Lunatic asylums Punjab 1868-1880 - 1868-1880
Year: 1868
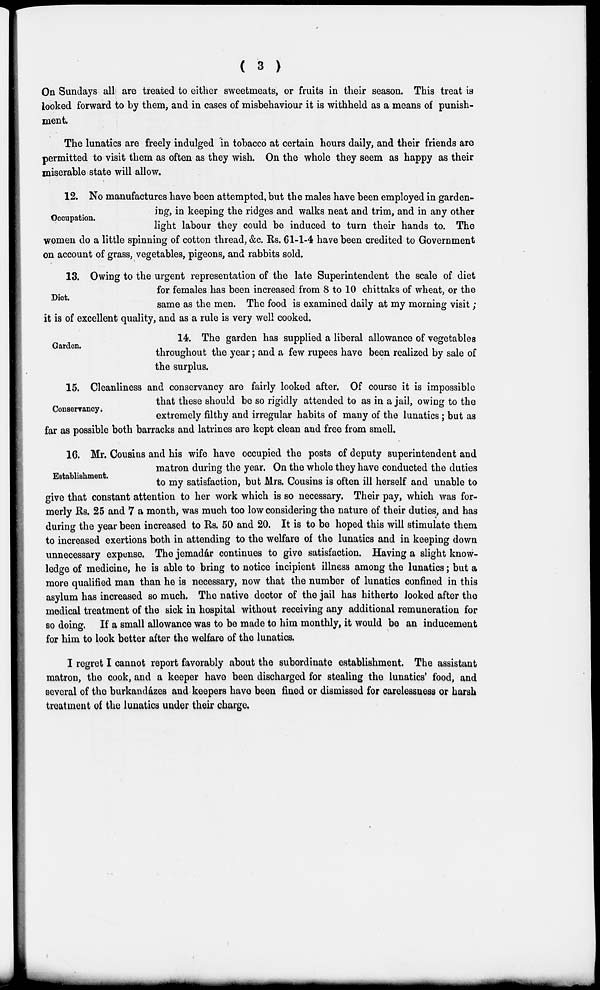
( 3 )
On Sundays all are treated to either sweetmeats, or fruits in their season. This treat is
looked forward to by them, and in cases of misbehaviour it is withheld as a means of punish-
ment.
The lunatics are freely indulged in tobacco at certain hours daily, and their friends are
permitted to visit them as often as they wish. On the whole they seem as happy as their
miserable state will allow.
Occupation.
12. No manufactures have been attempted, but the males have been employed in garden-
ing, in keeping the ridges and walks neat and trim, and in any other
light labour they could be induced to turn their hands to. The
women do a little spinning of cotton thread, &c. Rs. 61-1-4 have been credited to Government
on account of grass, vegetables, pigeons, and rabbits sold.
Diet.
13. Owing to the urgent representation of the late Superintendent the scale of diet
for females has been increased from 8 to 10 chittaks of wheat, or the
same as the men. The food is examined daily at my morning visit ;
it is of excellent quality, and as a rule is very well cooked.
Garden.
14. The garden has supplied a liberal allowance of vegetables
throughout the year; and a few rupees have been realized by sale of
the surplus.
Conservancy.
15. Cleanliness and conservancy are fairly looked after. Of course it is impossible
that these should be so rigidly attended to as in a jail, owing to the
extremely filthy and irregular habits of many of the lunatics; but as
far as possible both barracks and latrines are kept clean and free from smell.
Establishment.
16. Mr. Cousins and his wife have occupied the posts of deputy superintendent and
matron during the year. On the whole they have conducted the duties
to my satisfaction, but Mrs. Cousins is often ill herself and unable to
give that constant attention to her work which is so necessary. Their pay, which was for-
merly Rs. 25 and 7 a month, was much too low considering the nature of their duties, and has
during the year been increased to Rs. 50 and 20. It is to be hoped this will stimulate them
to increased exertions both in attending to the welfare of the lunatics and in keeping down
unnecessary expense. The jemadár continues to give satisfaction. Having a slight know-
ledge of medicine, he is able to bring to notice incipient illness among the lunatics; but a
more qualified man than he is necessary, now that the number of lunatics confined in this
asylum has increased so much. The native doctor of the jail has hitherto looked after the
medical treatment of the sick in hospital without receiving any additional remuneration for
so doing. If a small allowance was to be made to him monthly, it would be an inducement
for him to look better after the welfare of the lunatics.
I regret I cannot report favorably about the subordinate establishment. The assistant
matron, the cook, and a keeper have been discharged for stealing the lunatics' food, and
several of the burkandázes and keepers have been fined or dismissed for carelessness or harsh
treatment of the lunatics under their charge.